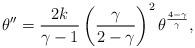
LaTeX: \begin{align*}\theta''={{2k}\over{\gamma-1}}\left( {\gamma\over{2-\gamma}}\right)^2\theta^{{4-\gamma}\over\gamma},\end{align*}